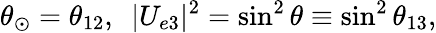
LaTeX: \theta_{\odot}=\theta_{12},~~|U_{e3}|^{2}=\sin^{2}\theta\equiv\sin^{2}\theta_{13},